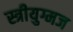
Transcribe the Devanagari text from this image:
स्त्रीयुग्मज